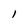
Character: l